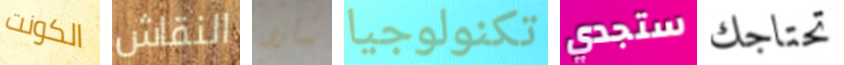
الكونت النقاش سأرى تكنولوجيا ستجدي تحتاجك